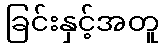
ခြင်းနှင့်အတူ